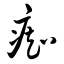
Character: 痴